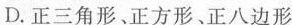
D.正三角形、正方形、正八边形